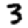
Digit: 3